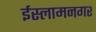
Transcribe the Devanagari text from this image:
ईस्लामनगर